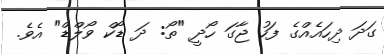
ގަދަ ދިހައެއްގެ ފަހު ޖާގަ ހޯދީ "ތޯ: ދަ ޑޯކް ވޯލްޑް" އެވެ.